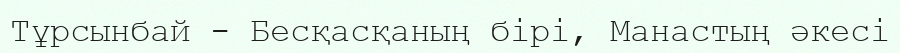
Тұрсынбай - Бесқасқаның бірі, Манастың әкесі